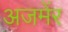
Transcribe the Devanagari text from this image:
अजमेंर